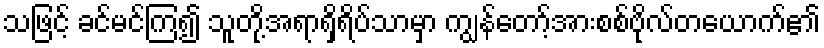
သဖြင့် ခင်မင်ကြ၍ သူတို့အရာရှိရိပ်သာမှာ ကျွန်တော့်အားစစ်ဗိုလ်တယောက်၏